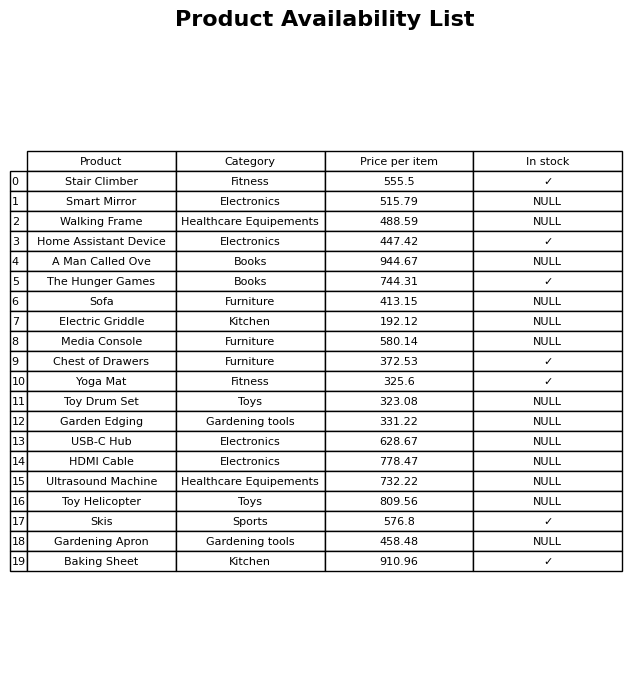
question: Is the Sofa in stock?
answer: NULL